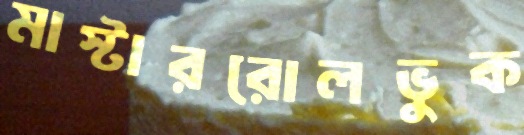
মাস্টাররোলভুক